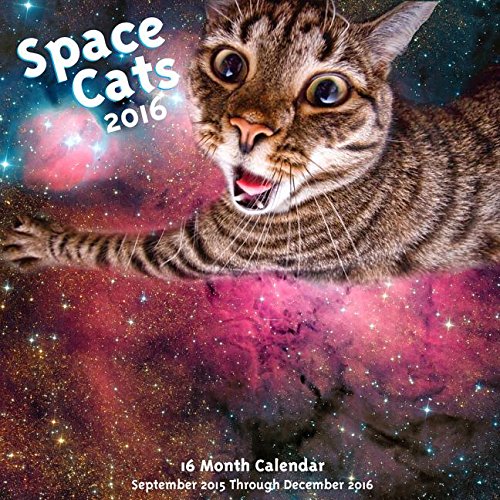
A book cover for Space Cats! 2016: 16-Month Calendar September 2015 through December 2016; Editors of Rock Point; Calendars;